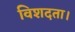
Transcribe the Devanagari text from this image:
विशदता।